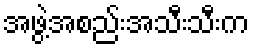
အဖွဲ့အစည်းအသီးသီးက